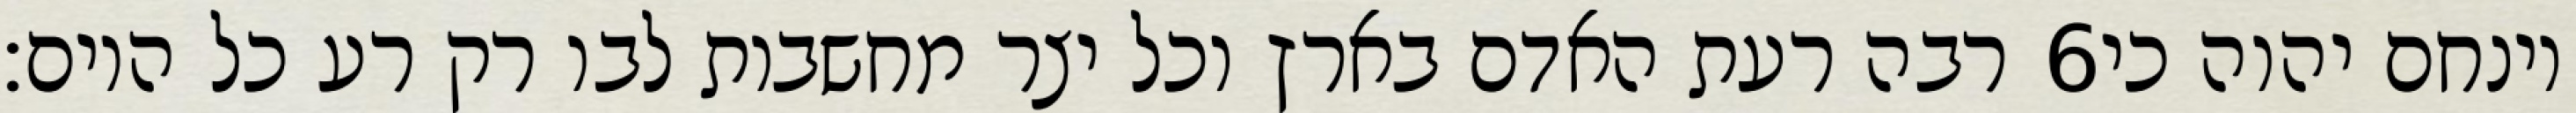
רבה רעת האדם בארץ וכל יצר מחשבות לבו רק רע כל היום׃ ‎6‏ וינחם יהוה כי